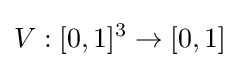
V:[0,1]^{3}\rightarrow [0,1]